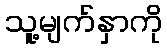
သူ့မျက်နှာကို